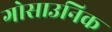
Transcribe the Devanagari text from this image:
गोसाउनिक